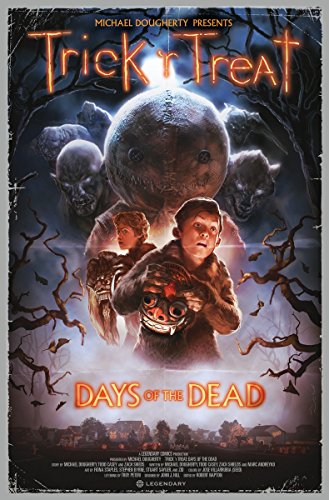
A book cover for Trick 'r Treat: Days of the Dead; Michael Dougherty; Comics & Graphic Novels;